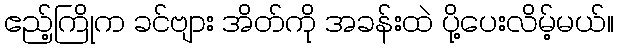
ဧည့်ကြိုက ခင်ဗျား အိတ်ကို အခန်းထဲ ပို့ပေးလိမ့်မယ်။